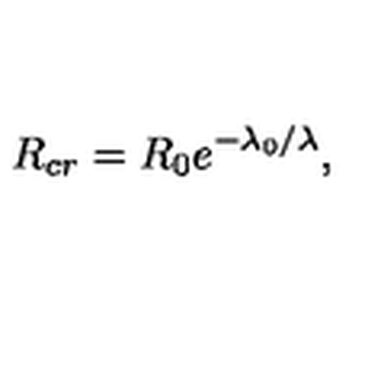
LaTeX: R _ { c r } = R _ { 0 } e ^ { - \lambda _ { 0 } / \lambda } ,